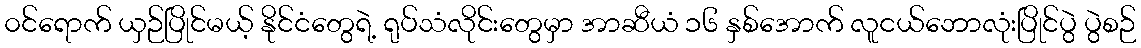
၀င်ရောက် ယှဉ်ပြိုင်မယ့် နိုင်ငံတွေရဲ့ ရုပ်သံလိုင်းတွေမှာ အာဆီယံ ၁၆ နှစ်အောက် လူငယ်ဘောလုံးပြိုင်ပွဲ ပွဲစဉ်